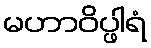
မဟာဝိပ္ဖါရံ